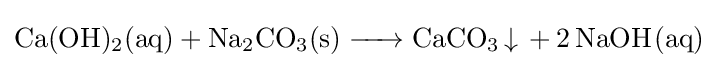
{\ce {Ca(OH)2(aq) + Na2CO3(s) -> CaCO3 v + 2 NaOH(aq)}}